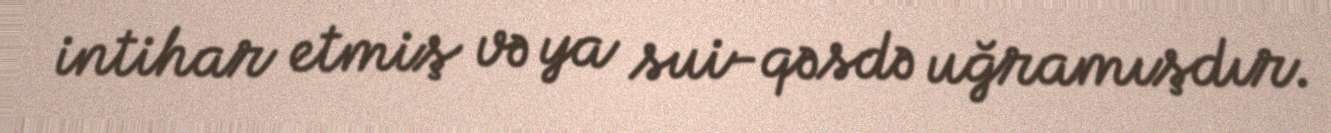
intihar etmiş və ya sui-qəsdə uğramışdır.